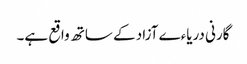
گارنی دریاءے آزاد کے ساتھ واقع ہے۔